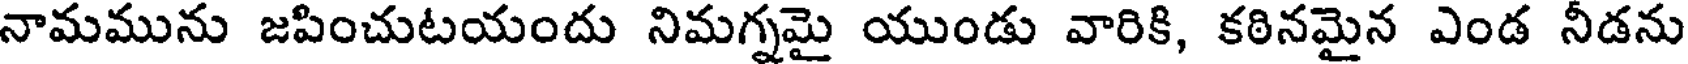
నామమును జపించుటయందు నిమగ్నమై యుండు వారికి, కఠినమైన ఎండ నీడను